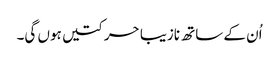
اُن کے ساتھ نازیبا حرکتیں ہوں گی۔